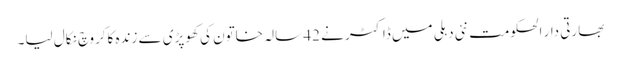
بھارتی دار الحکومت نئی دہلی میں ڈاکٹر نے 42 سالہ خاتون کی کھوپڑی سے زندہ کاکروچ نکال لیا۔